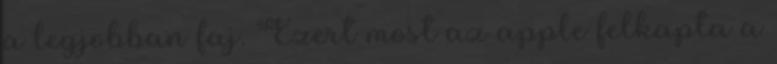
a legjobban faj. Ezert most az apple felkapta a